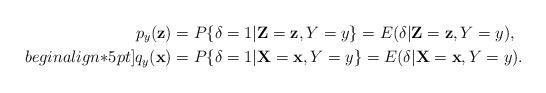
LaTeX: \begin{align*}p_{y}(\textbf{z}) &= P\{\delta = 1 \vert \textbf{Z} = \textbf{z}, Y=y\} =E(\delta \vert \textbf{Z}=\textbf{z},Y=y),\\begin{align*}5pt]q_{y}(\textbf{x}) &= P\{\delta = 1 \vert \textbf{X} = \textbf{x}, Y=y\} =E(\delta \vert \textbf{X}=\textbf{x},Y=y).\end{align*}